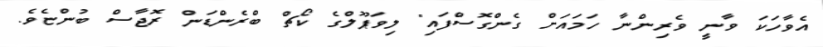
އެވާހަކަ ވާނީ ވެރިންނާ ހަމައަށް ގެންގޮސްފައި" ލިވަޕޫލްގެ ކޯޗް ބްރެންޑަން ރޮޖާސް ބުންޏެވެ.